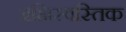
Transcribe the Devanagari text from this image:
अक्षिस्वस्तिक